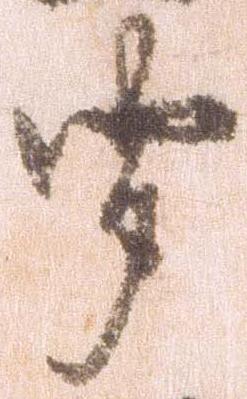
聞